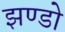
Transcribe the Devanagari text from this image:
झण्डो